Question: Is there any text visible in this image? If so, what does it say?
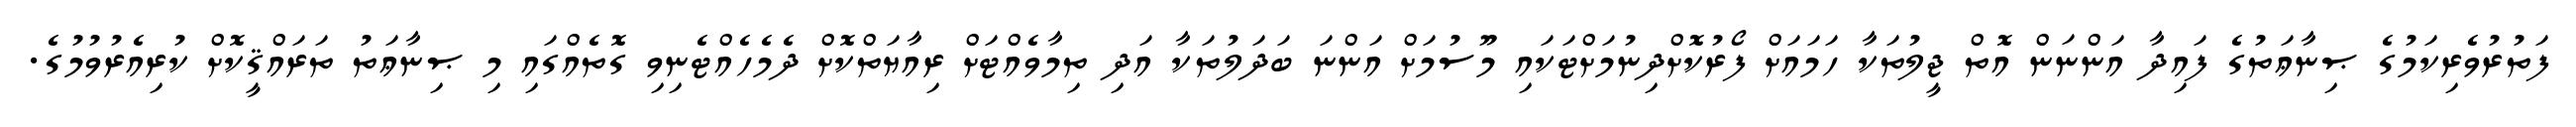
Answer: ފަތުރުވެރިކަމުގެ ޞިނާޢަތުގެ ފައިދާ އަންނަން އޮތް ޖީލުތަކާ ހަމައަށް ފޯރުކޮށްދިނުމަށްޓަކައި މޫސުމަށް އަންނަ ބަދަލުތަކާ އަދި ތިމާވެއްޓަށް ރިއާޔަތްކޮށް ދެމެހެއްޓެނިވި ގޮތެއްގައި މި ޞިނާޢަތު ތަރައްޤީކޮށް ކުރިއެރުވުމުގެ.